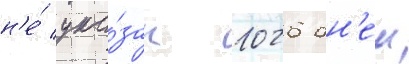
н'е́ ука́зан 1026 дн'еи